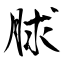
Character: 脙